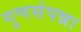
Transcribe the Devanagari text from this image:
गुणसंपन्ना